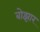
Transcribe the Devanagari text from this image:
बोझार